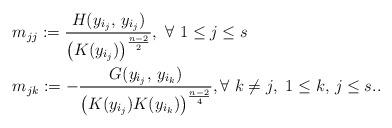
LaTeX: \begin{align*}\begin{aligned}&m_{jj}:=\frac{H(y_{i_j},\,y_{i_j})}{\bigl(K(y_{i_j})\bigr)^{\frac{n-2}{2}}},\,\,\forall\,\,1\leq j\leq s\\&{}m_{jk}:=-\frac{G(y_{i_j},\,y_{i_k})}{\bigl(K(y_{i_j})K(y_{i_k})\bigr)^{\frac{n-2}{4}}},\forall\,\,k\neq j,\,\,1\leq k,\,j\leq s. .\end{aligned}\end{align*}